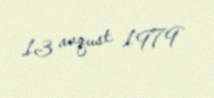
13 avqust 1979